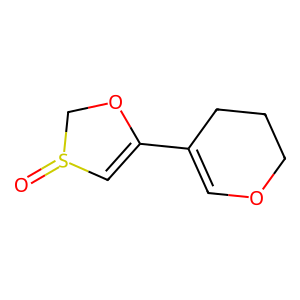
SMILES: O=S1C=C(C2=COCCC2)OC1
Inhibits HIV replication: No